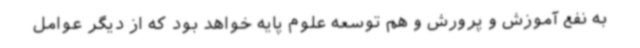
به نفع آموزش و پرورش و هم توسعه علوم پایه خواهد بود که از دیگر عوامل